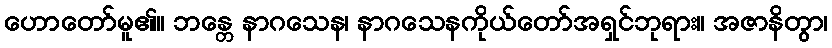
ဟောတော်မူ၏။ ဘန္တေ နာဂသေန၊ နာဂသေနကိုယ်တော်အရှင်ဘုရား။ အဇာနိတွာ၊